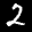
Label: 2